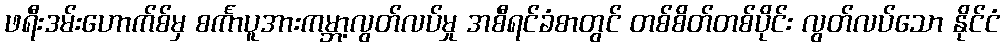
ဖရီးဒမ်းဟောက်စ်မှ စင်္ကာပူအားကမ္ဘာ့လွတ်လပ်မှု အစီရင်ခံစာတွင် တစ်စိတ်တစ်ပိုင်း လွတ်လပ်သော နိုင်ငံ